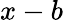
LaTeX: x-b